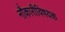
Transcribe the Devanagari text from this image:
नौकारीविषयक